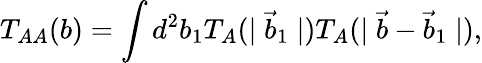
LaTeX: T_{AA}(b)=\int d^{2}b_{1}T_{A}(\mid\vec{b}_{1}\mid)T_{A}(\mid\vec{b}-\vec{b}_{1}\mid),